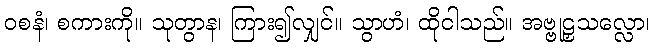
ဝစနံ၊ စကားကို။ သုတွာန၊ ကြား၍လျှင်။ သွာဟံ၊ ထိုငါသည်။ အဗ္ဗုဠှသလ္လော၊